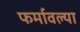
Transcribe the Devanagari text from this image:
फर्मावल्या